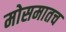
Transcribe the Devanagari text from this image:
मोसमातच